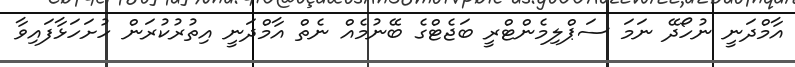
އާމްދަނީ ނުހޯދޭ ނަމަ ސަޕްލިމެންޓްރީ ބަޖެޓްގެ ބޭނުމެއް ނެތް އާމްދަނީ އިތުރުކުރަން ހުށަހަޅާފައިވާ